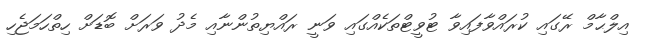
އިލްޙާމް ރޭގައި ކުރައްވާފައިވާ ޓުވީޓްތަކެއްގައި ވަނީ ރައްޔިތުންނާއި މެދު ވަރަށް ބޮޑަށް ހިތްހަމަޖެހި